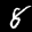
Label: 8